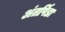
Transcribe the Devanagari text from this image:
अंतर्पिडा